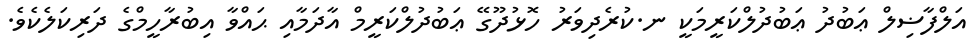
އަލްފާޟިލް ޢަބުދު ޢަބުދުލްކަރީމަކީ ނ.ކުރެދިވަރު ހޮޅުދޫގޭ ޢަބުދުލްކަރީމް އާދަމާއި ޙައްވާ އިބުރާހީމްގެ ދަރިކަލެކެވެ.